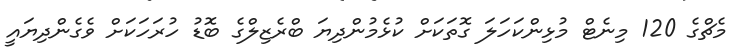
މެޗްގެ 120 މިނެޓް މުޅިންކަހަލަ ގޮތަކަށް ކުޅެމުންދިޔަ ބްރެޒިލްގެ ބޮޑު ހުރަހަކަށް ވެގެންދިޔައީ